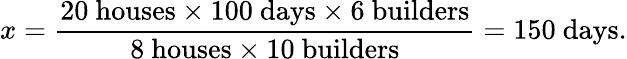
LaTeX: x={\frac{20\ {\mathrm{houses}}\times 100\ {\mathrm{days}}\times 6\ {\mathrm{builders}}}{8\ {\mathrm{houses}}\times 10\ {\mathrm{builders}}}}=150\ {\mathrm{days}}.